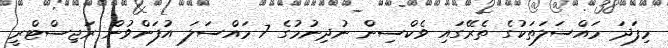
މިފަދަ މައްސަލަތަކުގެ ތެރޭގައި ވެކްސިން ނުދިނުމުގެ 7 މައްސަލަ އުފަންވުން ރަޖިސްޓްރީ